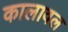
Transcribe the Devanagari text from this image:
कालावल